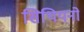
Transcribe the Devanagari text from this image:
सिथियनो